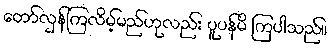
တော်လှန်ကြလိမ့်မည်ဟုလည်း ပူပန်မိ ကြပါသည်။